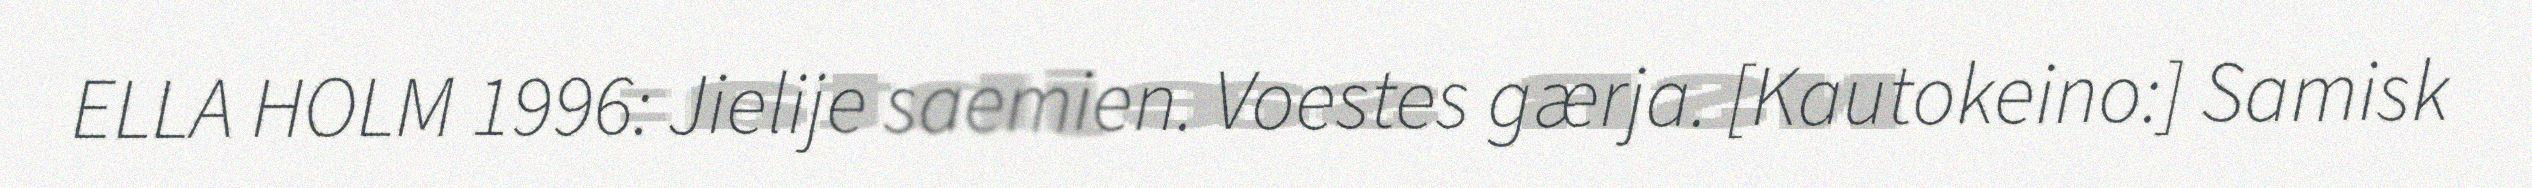
ELLA HOLM 1996: Jielije saemien. Voestes gærja. [Kautokeino:] Samisk